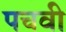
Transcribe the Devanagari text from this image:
पचवी